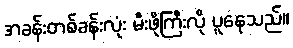
အခန်းတစ်ခန်းလုံး မီးဖိုကြီးလို ပူနေသည်။